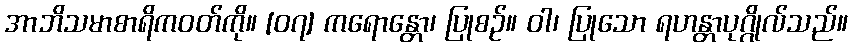
အာဘိသမာစာရိကဝတ်ကို။ [၀၇] ကရောန္တော၊ ပြုစဉ်။ ဝါ၊ ပြုသော ရဟန္တာပုဂ္ဂိုလ်သည်။